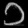
Digit: ၁